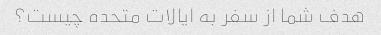
هدف شما از سفر به ایالات متحده چیست؟